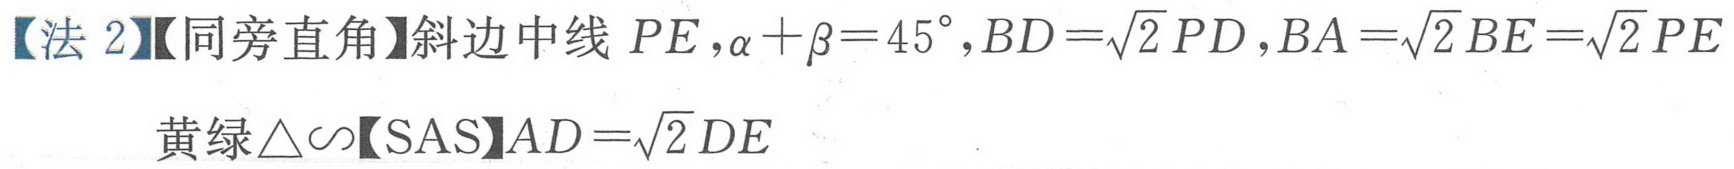
【法2】【同旁直角】斜边中线 \(PE,\alpha+\beta = 45^{\circ},BD=\sqrt{2}PD,BA=\sqrt{2}BE=\sqrt{2}PE\)
黄绿\(\triangle\sim\)【SAS】\(AD=\sqrt{2}DE\)